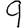
Digit: 9